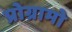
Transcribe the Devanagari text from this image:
प्रोग्रामो